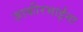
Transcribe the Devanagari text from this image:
ज़ाकीरभाईंना